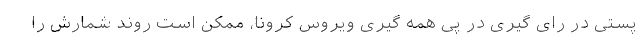
پستی در رای گیری در پی همه گیری ویروس کرونا، ممکن است روند شمارش را